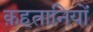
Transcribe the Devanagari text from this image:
क़हतानियों